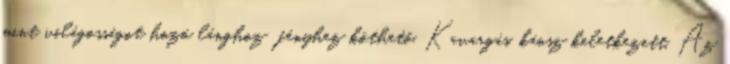
mint világosságot hozó lánghoz fényhez köthető. Kavargás, káosz keletkezett. Az